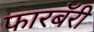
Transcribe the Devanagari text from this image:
फारबॅरी